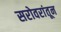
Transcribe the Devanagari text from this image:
सरोवरांतून